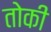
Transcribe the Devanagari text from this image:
तोकी